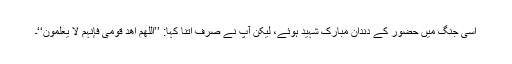
اسی جنگ میں حضور کے دندانِ مبارک شہید ہوئے، لیکن آپ نے صرف اتنا کہا: ’’اللّٰھم اھد قومی فإنہم لا یعلمون‘‘۔